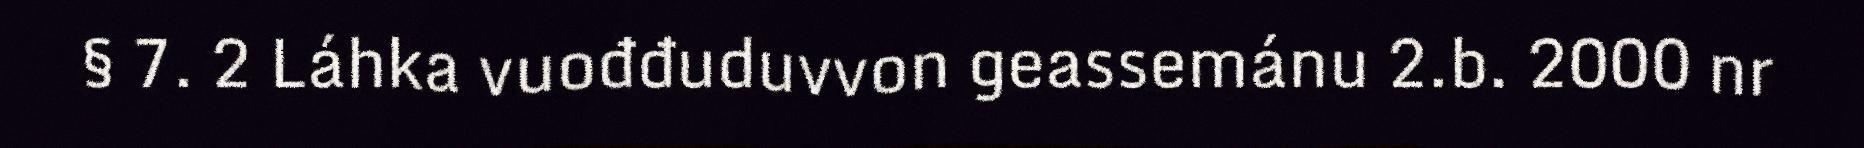
§ 7. 2 Láhka vuođđuduvvon geassemánu 2.b. 2000 nr